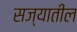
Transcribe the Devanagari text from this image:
सज्यातील